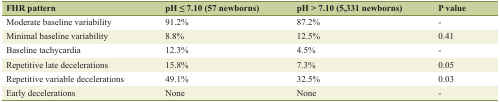
<table><thead><tr><td><b>FHR pattern</b></td><td><b>pH ≤ 7.10 (57 newborns)</b></td><td><b>pH &gt; 7.10 (5,331 newborns)</b></td><td><b>P value</b></td></tr></thead><tbody><tr><td>Moderate baseline variability</td><td>91.2%</td><td>87.2%</td><td>-</td></tr><tr><td>Minimal baseline variability</td><td>8.8%</td><td>12.5%</td><td>0.41</td></tr><tr><td>Baseline tachycardia</td><td>12.3%</td><td>4.5%</td><td>-</td></tr><tr><td>Repetitive late decelerations</td><td>15.8%</td><td>7.3%</td><td>0.05</td></tr><tr><td>Repetitive variable decelerations</td><td>49.1%</td><td>32.5%</td><td>0.03</td></tr><tr><td>Early decelerations</td><td>None</td><td>None</td><td>-</td></tr></tbody></table>